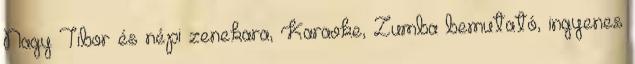
Nagy Tibor és népi zenekara, Karaoke, Zumba bemutató, ingyenes